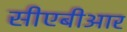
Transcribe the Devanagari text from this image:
सीएबीआर